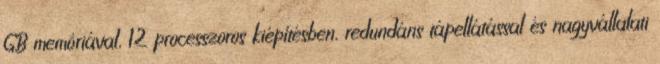
GB memóriával, 12 processzoros kiépítésben, redundáns tápellátással és nagyvállalati